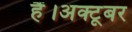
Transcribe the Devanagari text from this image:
हैं।अक्टूबर